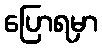
ပြောရမှာ